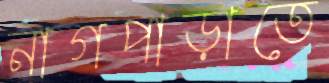
নাগপাড়াতে